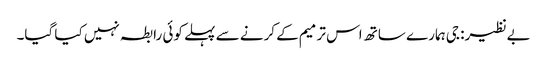
بےنظیر: جی ہمارے ساتھ اس ترمیم کے کرنے سے پہلے کوئی رابطہ نہیں کیا گیا۔